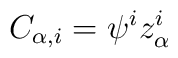
C_{\alpha, i}=\psi^i z_\alpha^i